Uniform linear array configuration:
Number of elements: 32
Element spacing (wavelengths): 0.25
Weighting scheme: kaiser
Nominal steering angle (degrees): -45
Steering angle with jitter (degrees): -46.478
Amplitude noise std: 0.05
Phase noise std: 0.05

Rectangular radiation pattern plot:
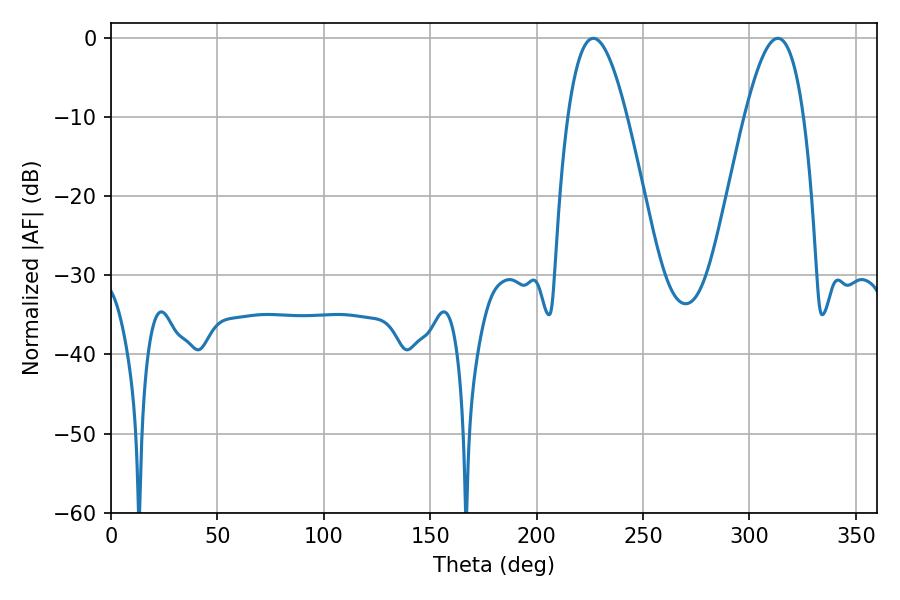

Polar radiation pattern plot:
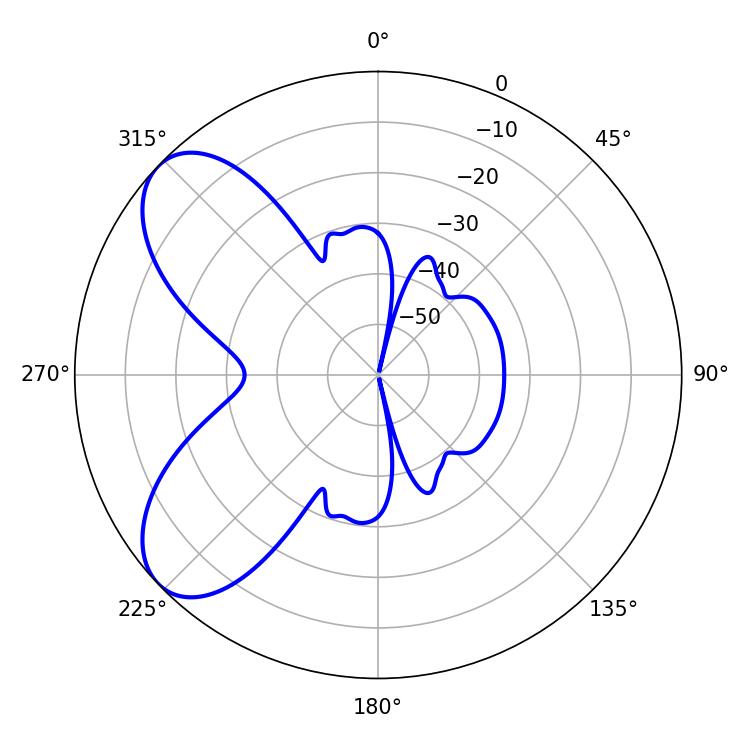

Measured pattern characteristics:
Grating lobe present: FALSE
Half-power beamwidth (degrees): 15.12
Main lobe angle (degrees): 226.62